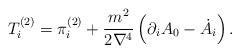
LaTeX: \begin{align*}T_i^{(2)}=\pi_i^{(2)}+\frac{m^2}{2\nabla^4}\,\Bigl(\partial_i A_0-\dot A_i\Bigr)\,.\end{align*}